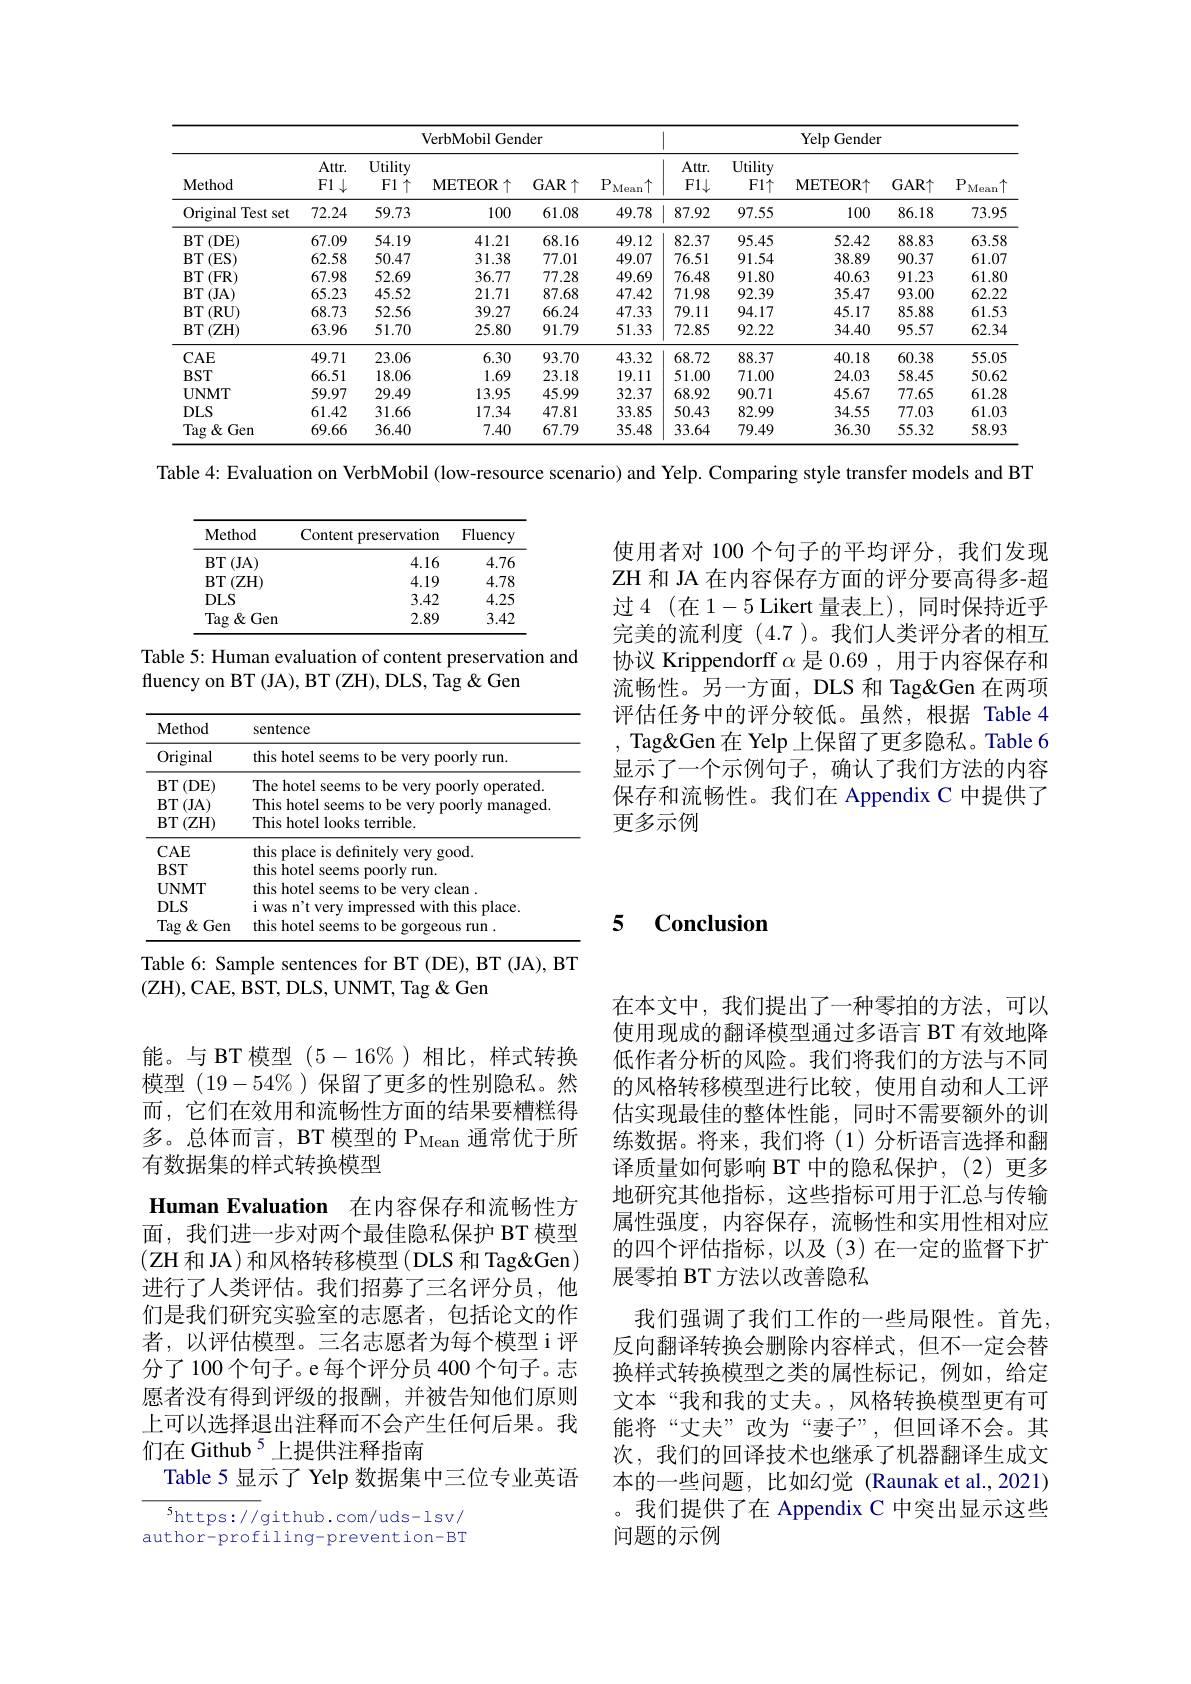
<table>
	<tbody>
		<tr>
			<th rowspan="2">Method</th>
			<th colspan="5">VerbMobil Gender</th>
			<th> </th>
			<th colspan="4">Yelp Gender</th>
		</tr>
		<tr>
			<th>$Attr.$ $F1\downarrow$</th>
			<th>Utility $F1\uparrow$</th>
			<th>METEOR :个</th>
			<th>$GAR\uparrow$</th>
			<th>$P$ $.\uparrow$ Mean</th>
			<th>$Attr.$ $F1\downarrow$</th>
			<th>Utility $F1\uparrow$</th>
			<th>METEOR$\uparrow$</th>
			<th>$GAR\uparrow$</th>
			<th>$P$ $\uparrow$ Mean</th>
		</tr>
		<tr>
			<td>Original Test set</td>
			<td>72.24</td>
			<td>59.73</td>
			<td>100</td>
			<td>61.08</td>
			<td>49.78</td>
			<td>87.92</td>
			<td>97.55</td>
			<td>100</td>
			<td>86.18</td>
			<td>73.95</td>
		</tr>
		<tr>
			<td>$BT$ (DE)</td>
			<td>67.09</td>
			<td>54.19</td>
			<td>41.21</td>
			<td>68.16</td>
			<td>49.12</td>
			<td>82.37</td>
			<td>95.45</td>
			<td>52.42</td>
			<td>88.83</td>
			<td>63.58</td>
		</tr>
		<tr>
			<td>$BT$ (ES)</td>
			<td>62.58</td>
			<td>50.47</td>
			<td>31.38</td>
			<td>77.01</td>
			<td>49.07</td>
			<td>76.51</td>
			<td>91.54</td>
			<td>38.89</td>
			<td>90.37</td>
			<td>61.07</td>
		</tr>
		<tr>
			<td>$BT$ (FR)</td>
			<td>67.98</td>
			<td>52.69</td>
			<td>36.77</td>
			<td>77.28</td>
			<td>49.69</td>
			<td>76.48</td>
			<td>91.80</td>
			<td>40.63</td>
			<td>91.23</td>
			<td>61.80</td>
		</tr>
		<tr>
			<td>$BT$ (JA)</td>
			<td>65.23</td>
			<td>45.52</td>
			<td>21.71</td>
			<td>87.68</td>
			<td>47.42</td>
			<td>71.98</td>
			<td>92.39</td>
			<td>35.47</td>
			<td>93.00</td>
			<td>62.22</td>
		</tr>
		<tr>
			<td>$BT$ (RU)</td>
			<td>68.73</td>
			<td>52.56</td>
			<td>39.27</td>
			<td>66.24</td>
			<td>47.33</td>
			<td>79.11</td>
			<td>94.17</td>
			<td>45.17</td>
			<td>85.88</td>
			<td>61.53</td>
		</tr>
		<tr>
			<td>$BT$ (ZH)</td>
			<td>63.96</td>
			<td>51.70</td>
			<td>25.80</td>
			<td>91.79</td>
			<td>51.33</td>
			<td>72.85</td>
			<td>92.22</td>
			<td>34.40</td>
			<td>95.57</td>
			<td>62.34</td>
		</tr>
		<tr>
			<td>$CAE$</td>
			<td>49.71</td>
			<td>23.06</td>
			<td>6.30</td>
			<td>93.70</td>
			<td>43.32</td>
			<td>68.72</td>
			<td>88.37</td>
			<td>40.18</td>
			<td>60.38</td>
			<td>55.05</td>
		</tr>
		<tr>
			<td>$BST$</td>
			<td>66.51</td>
			<td>18.06</td>
			<td>1.69</td>
			<td>23.18</td>
			<td>19.11</td>
			<td>51.00</td>
			<td>71.00</td>
			<td>24.03</td>
			<td>58.45</td>
			<td>50.62</td>
		</tr>
		<tr>
			<td>$UNMT$</td>
			<td>59.97</td>
			<td>29.49</td>
			<td>13.95</td>
			<td>45.99</td>
			<td>32.37</td>
			<td>68.92</td>
			<td>90.71</td>
			<td>45.67</td>
			<td>77.65</td>
			<td>61.28</td>
		</tr>
		<tr>
			<td>$DLS$</td>
			<td>61.42</td>
			<td>31.66</td>
			<td>17.34</td>
			<td>47.81</td>
			<td>33.85</td>
			<td>50.43</td>
			<td>82.99</td>
			<td>34.55</td>
			<td>77.03</td>
			<td>61.03</td>
		</tr>
		<tr>
			<td>Tag &Gen</td>
			<td>69.66</td>
			<td>36.40</td>
			<td>7.40</td>
			<td>67.79</td>
			<td>35.48</td>
			<td>33.64</td>
			<td>79.49</td>
			<td>36.30</td>
			<td>55.32</td>
			<td>58.93</td>
		</tr>
	</tbody>
</table>

Table 4: Evaluation on VerbMobil (low-resource scenario) and Yelp. Comparing style transfer models and BT

<table>
	<tbody>
		<tr>
			<th>Method</th>
			<th>Content preservation</th>
			<th>Fluency</th>
		</tr>
		<tr>
			<td>BT$\left ( \mathrm{JA}\right )$</td>
			<td>4.16</td>
			<td>4.76</td>
		</tr>
		<tr>
			<td>$BT$ $(\mathbb{Z}$H)</td>
			<td>4.19</td>
			<td>4.78</td>
		</tr>
		<tr>
			<td>$DLS$</td>
			<td>3.42</td>
			<td>4.25</td>
		</tr>
		<tr>
			<td>Tag $\&$Gen 1</td>
			<td>2.89</td>
			<td>3.42</td>
		</tr>
	</tbody>
</table>

Table 5: Human evaluation of content preservation and
fluency on BT (JA), BT (ZH), DLS, Tag &Gen

使用者对 100 个句子的平均评分，我们发现ZH 和 JA 在内容保存方面的评分要高得多-超过 4 (在 1-5 Likert 量表上),同时保持近乎完美的流利度(4.7)。我们人类评分者的相互协议 Krippendorff $\alpha$是 0.69 , 用于内容保存和流畅性。另一方面，DLS 和 Tag&Gen 在两项评估任务中的评分较低。虽然，根据 Table 4 , Tag&Gen 在 Yelp 上保留了更多隐私。Table 6显示了一个示例句子，确认了我们方法的内容保存和流畅性。我们在 Appendix C 中提供了更多示例

<table>
	<tbody>
		<tr>
			<th>Method</th>
			<th>sentence</th>
		</tr>
		<tr>
			<td>Original</td>
			<td>this hotel seems to be very poorly run</td>
		</tr>
		<tr>
			<td>$BT$ $^{\prime}($DE)</td>
			<td>The hotel seems to be verv poorlv operated. </td>
		</tr>
		<tr>
			<td>$BT$ $^{\prime}($JA)</td>
			<td> </td>
		</tr>
		<tr>
			<td>$CAE$</td>
			<td>this place is definitely very good.</td>
		</tr>
		<tr>
			<td>$BST$</td>
			<td>this hote $mm$</td>
		</tr>
		<tr>
			<td>$\mathbf{UNMT}$</td>
			<td>this hote lean</td>
		</tr>
		<tr>
			<td>$DLS$</td>
			<td>With 11 this place</td>
		</tr>
		<tr>
			<td>Tag $\&Gen$ 1 1 1</td>
			<td>this ${\mathrm{~hote}}$ THIT</td>
		</tr>
	</tbody>
</table>

### 5 $\textbf{Conclusion}$

Table 6: Sample sentences for BT (DE), BT (JA), BT
(ZH) , CAE, BST, DLS, UNMT, Tag$\&$Gen

能。与 BT 模型$(5-16\%$ )相比，样式转换模型$(19-54\%$ )保留了更多的性别隐私。然而，它们在效用和流畅性方面的结果要糟糕得多。总体而言，BT 模型的 P$_\mathrm{Mean}$通常优于所有数据集的样式转换模型
Human Evaluation 在内容保存和流畅性方面，我们进一步对两个最佳隐私保护 BT 模型(ZH 和 JA) 和风格转移模型 ( DLS 和 Tag&Gen) 进行了人类评估。我们招募了三名评分员，他们是我们研究实验室的志愿者，包括论文的作者，以评估模型。三名志愿者为每个模型 i 评分了 100 个句子。e 每个评分员 400 个句子。志愿者没有得到评级的报酬，并被告知他们原则上可以选择退出注释而不会产生任何后果。我们在 Github 5 上提供注释指南
Table 5 显示了 Yelp 数据集中三位专业英语

在本文中，我们提出了一种零拍的方法，可以使用现成的翻译模型通过多语言 BT 有效地降低作者分析的风险。我们将我们的方法与不同的风格转移模型进行比较，使用自动和人工评估实现最佳的整体性能，同时不需要额外的训练数据。将来，我们将(1)分析语言选择和翻译质量如何影响 BT 中的隐私保护，(2)更多地研究其他指标，这些指标可用于汇总与传输属性强度，内容保存，流畅性和实用性相对应的四个评估指标，以及(3)在一定的监督下扩展零拍 BT 方法以改善隐私
我们强调了我们工作的一些局限性。首先， 反向翻译转换会删除内容样式，但不一定会替换样式转换模型之类的属性标记，例如，给定文本“我和我的丈夫。,风格转换模型更有可能将“丈夫”改为“妻子”,但回译不会。其次，我们的回译技术也继承了机器翻译生成文本的一些问题，比如幻觉 (Raunak et al., 2021) 。我们提供了在 Appendix C 中突出显示这些问题的示例

$^{5}$https://github.com/uds-lsv/ author-profiling-prevention-BT